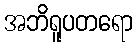
အဘိရူပတရော